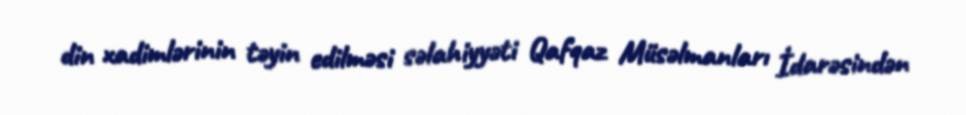
din xadimlərinin təyin edilməsi səlahiyyəti Qafqaz Müsəlmanları İdarəsindən